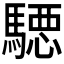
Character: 𱄪